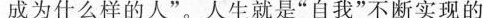
成为什么样的人”。人生就是”自我”不断实现的